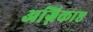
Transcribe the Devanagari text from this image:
अग्निकाष्ठ